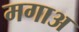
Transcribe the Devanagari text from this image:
मगाअ